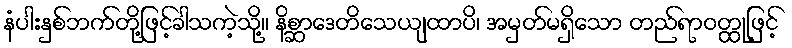
နံပါးနှစ်ဘက်တို့ဖြင့်ခါသကဲ့သို့။ နိစ္ဆာဒေတိသေယျထာပိ၊ အမှတ်မရှိသော တည်ရာဝတ္ထုဖြင့်